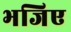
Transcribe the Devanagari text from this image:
भजिए